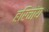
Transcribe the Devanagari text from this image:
हरिचांय